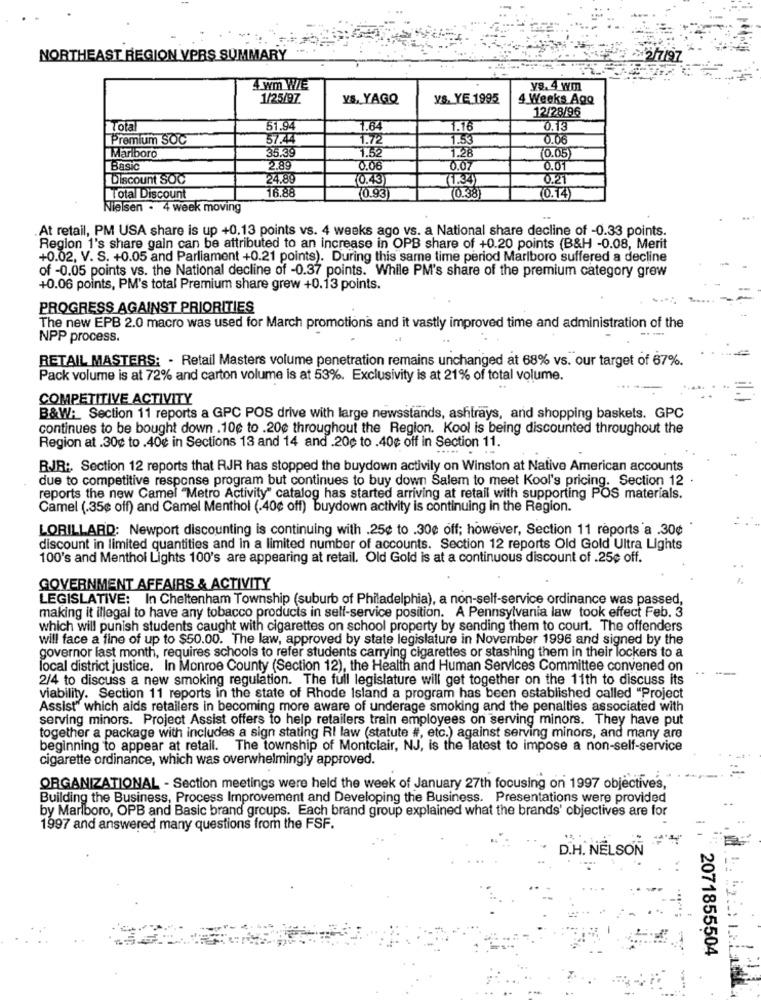
NORTHEAST REGION VPRS SUMMARY
53 2217197
4 wm WIE
ys. 4 wm
1/25/97.
YS, YAGQ
YS. YE 1995
4 Weeks Ago
12/28/96
Total
51.94
1.64
1.16
0.13
Premium SOC
57.44
1.72
1.53
0.0.
35.39
1.65
1.28
Marlboro
(0.05
Basic
2.89
0.06
0.07
0.01
Discount SOC
24.89
(0.43)
(1.34)
16.88
0.93
(0.38)
Total Discount
(0.14)
Nielsen . 4 week moving
At retail, PM USA share is up +0.13 points vs. 4 weeks ago vs. a National share decline of -0.33 points.
Region 1's share gain can be attributed to an increase in OPB share of +0.20 points (B&H -0.08, Merit
+0.02. V. S. +0.05 and Parliament +0.21 points). During this same time period Marlboro suffered a decline
of -0.05 points vs. the National decline of -0.37 points. While PM's share of the premium category grew
+0.06 points, PM's total Premium share grew +0.13 points.
PROGRESS AGAINST PRIORITIES
The new EPB 2.0 macro was used for March promotions and it vastly improved time and administration of the
--.
NPP process.
RETAIL MASTERS: - Retail Masters volume penetration remains unchanged at 68% vs. our target of 67%.
Pack volume is at 72% and carton volume is at 53%. Exclusivity is at 21% of total volume.
COMPETITIVE ACTIVITY
B&W: Section 11 reports a GPC POS drive with large newsstands, ashtrays, and shopping baskets. GPC
continues to be bought down .10e to .20¢ throughout the Region. Kool is being discounted throughout the
Region at .30¢ to .40¢ in Sections 13 and 14 and .20c to .40¢ off in Section 11.
BJR :. Section 12 reports that RJR has stopped the buydown activily on Winston at Native American accounts
due to competitive response program but continues to buy down Salem to meet Kool's pricing. Section 12 .
reports the new Camel "Metro Activity" catalog has started arriving at retail with supporting POS materials.
Camel (.35¢ off) and Camel Menthol (.40¢ off) buydown activity is continuing in the Region.
LORILLARD: Newport discounting is continuing with .25¢ to .30e off; however, Section 11 reports a .30¢
discount in limited quantities and in a limited number of accounts. Section 12 reports Old Gold Ultra Lights
100's and Menthol Lights 100's are appearing at retail. Old Gold is at a continuous discount of .25¢ off.
GOVERNMENT AFFAIRS & ACTIVITY
LEGISLATIVE: In Cheltenham Township (suburb of Philadelphia), a non-self-service ordinance was passed,
making it illegal to have any tobacco products in self-service position. A Pennsylvania law took effect Feb. 3
which will punish students caught with cigarettes on school property by sending them to court. The offenders
will face a fine of up to $50.00. The law, approved by state legislature in November 1996 and signed by the
governor last month, requires schools to refer students carrying cigarettes or stashing them in their lockers to a
focal district justice. In Monroe County (Section 12), the Health and Human Services Committee convened on
2/4 to discuss a new smoking regulation. The full legislature will get together on the 11th to discuss its
viability. Section 11 reports in the state of Rhode Island a program has been established called "Project
Assist" which aids retailers in becoming more aware of underage smoking and the penalties associated with
serving minors. Project Assist offers to help retailers train employees on serving minors. They have put
together a package with includes a sign stating RI law (statute #, etc.) against serving minors, and many are
beginning to appear at retail. The township of Montclair, NJ, is the latest to impose a non-self-service
cigarette ordinance, which was overwhelmingly approved.
ORGANIZATIONAL - Section meetings were held the week of January 27th focusing on 1997 objective's,
Building the Business, Process Improvement and Developing the Business. Presentations were provided
by Marlboro, OPB and Basic brand groups. Each brand group explained what the brands' objectives are for
1997 and answered many questions from the FSF.
D.H. NELSON
2071855504